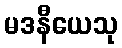
မဒနီယေသု